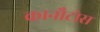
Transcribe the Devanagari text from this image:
कानौटोस